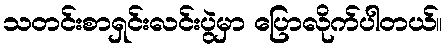
သတင်းစာရှင်းလင်းပွဲမှာ ပြောလိုက်ပါတယ်။